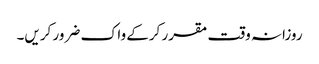
روزانہ وقت مقرر کرکے واک ضرور کریں۔